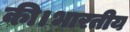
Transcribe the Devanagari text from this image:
की।भारतीय